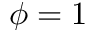
\phi = 1